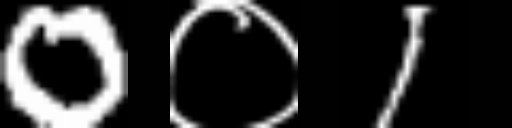
Text: 0०1